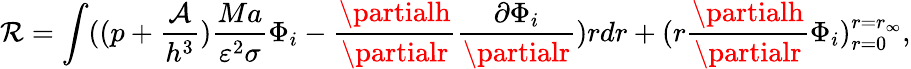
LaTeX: \mathcal{R}=\int((p+\frac{{\mathcal{{A}}}}{{h^{3}}})\frac{{Ma}}{{\varepsilon^{2}\sigma}}\Phi_{i}-\frac{{\partialh}}{{\partialr}}\frac{{\partial\Phi_{i}}}{{\partialr}})rdr+(r\frac{{\partialh}}{{\partialr}}\Phi_{i})_{r=0}^{r=r_{\infty}},